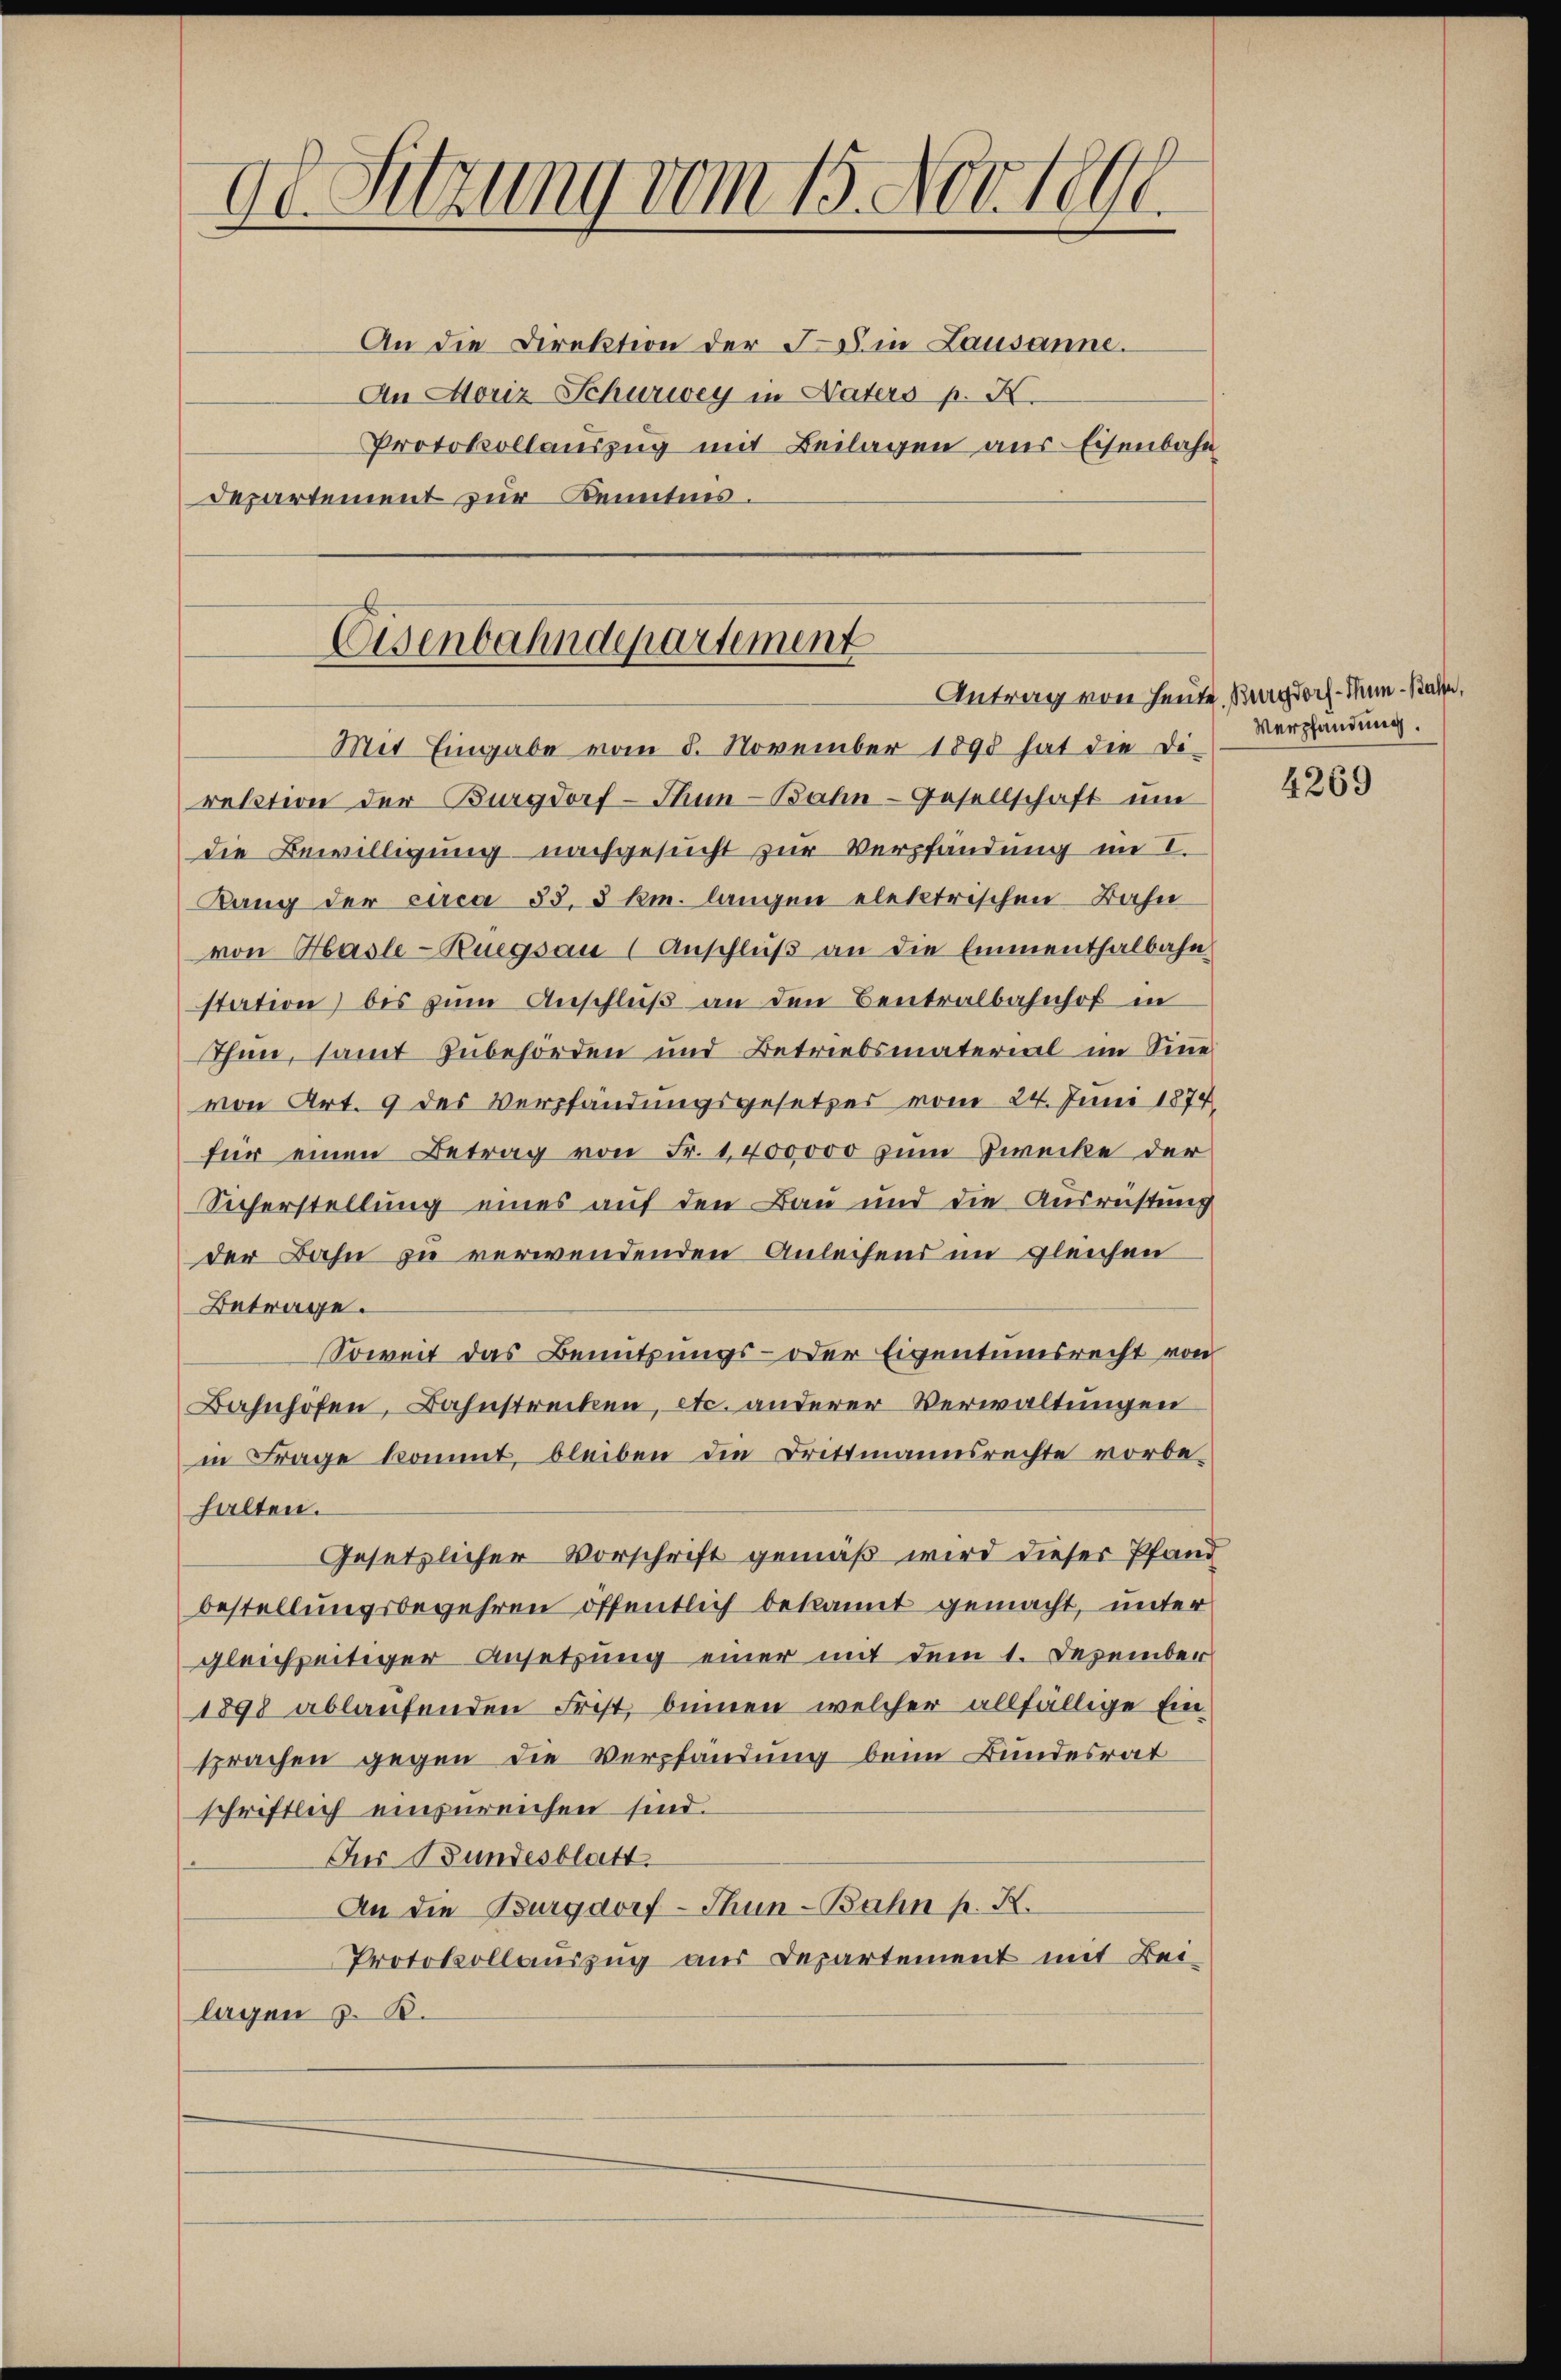
do Sitzung vom 15. Nov. 1891.
An die Direktion der F. in Lausanne.
An Moriz Schurwey in Naters p. K.
Protokollauszug mit Beilagen aus Eisenbahn
Departement zur Kenntnis.

Eisenbahndepartement
Antrag von Heute, Magdorf - Min-Basser

Mit Eingabe vom 8. November 1890 hat die Direktion der Burgdorf - Thun-Bahn-Gesellschaft um
die Bewilligung nachgesucht zur Verpfändung im I.
Rang der circa 35, 3 km. langen elektrischen Bahn
von Hasle - Ruegsau (Anschluß an die Emmenthalbahn
station) bis zŭm Anschlŭβ an den Centralbahnhof in
Thun, samt Zubehörden und Betriebsmaterial im Sinne
von Art. 9 des Verpfändungsgesetzes vom 24. Juni 1874
für einen Betrag von Fr. 1400000 zum Zwecke der
Sicherstellung eines auf den Bau und die Ausrüstung
der Bahn zu verwendenden Anleihens im gleichen
Betrage.
Soweit das Benutzungs- oder Eigentumsrecht von
Bahnhöfen, Bahnstrecken, etc. anderer Verwaltungen
in Frage kommt, bleiben die Drittmannsrechte vorbehalten.
Gesetzlicher Vorschrift gemäß wird dieser Pfand
bestellungsbegehren öffentlich bekannt gemacht, unter
gleichzeitiger Ansetzung einer mit dem 1. Dezember
1898 ablaufenden Frist, binnen welcher allfällige Ein-
sprachen gegen die Verpfändung beim Bundesrat
schriftlich einzureichen sind.
Der Bundesblatt
An die Burgdorf - Thun-Bahn p. K.
Protokollauszug aus Departement mit Beilagen 3. B.

Verpfandung.

4269